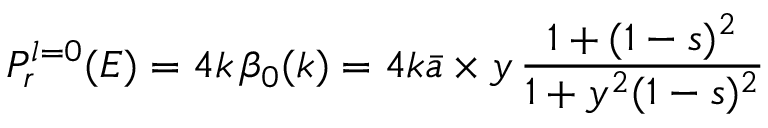
P _ { r } ^ { l = 0 } ( E ) = 4 k \, \beta _ { 0 } ( k ) = 4 k \bar { a } \times y \, \frac { 1 + ( 1 - s ) ^ { 2 } } { 1 + y ^ { 2 } ( 1 - s ) ^ { 2 } }